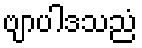
ဗျာပါဒသညံ